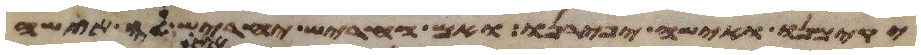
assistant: יקימנו ואישה יפירנו ואם החריש יחריש לה אישה